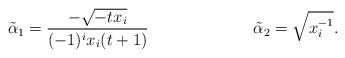
LaTeX: \begin{align*}\tilde \alpha_1&= \frac{-\sqrt{-tx_i}}{(-1)^i x_i(t+1)}&&\tilde \alpha_2= \sqrt{x_i^{-1}}.\end{align*}